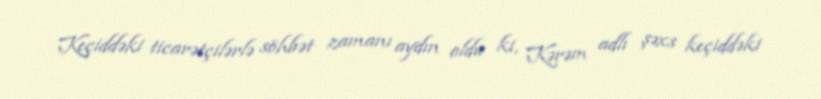
Keçiddəki ticarətçilərlə söhbət zamanı aydın oldu ki, Kərəm adlı şəxs keçiddəki